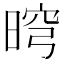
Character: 𣇬